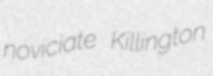
noviciate Killington